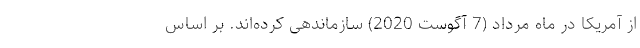
از آمریکا در ماه مرداد (7 آگوست 2020) سازماندهی کرده‌اند. بر اساس